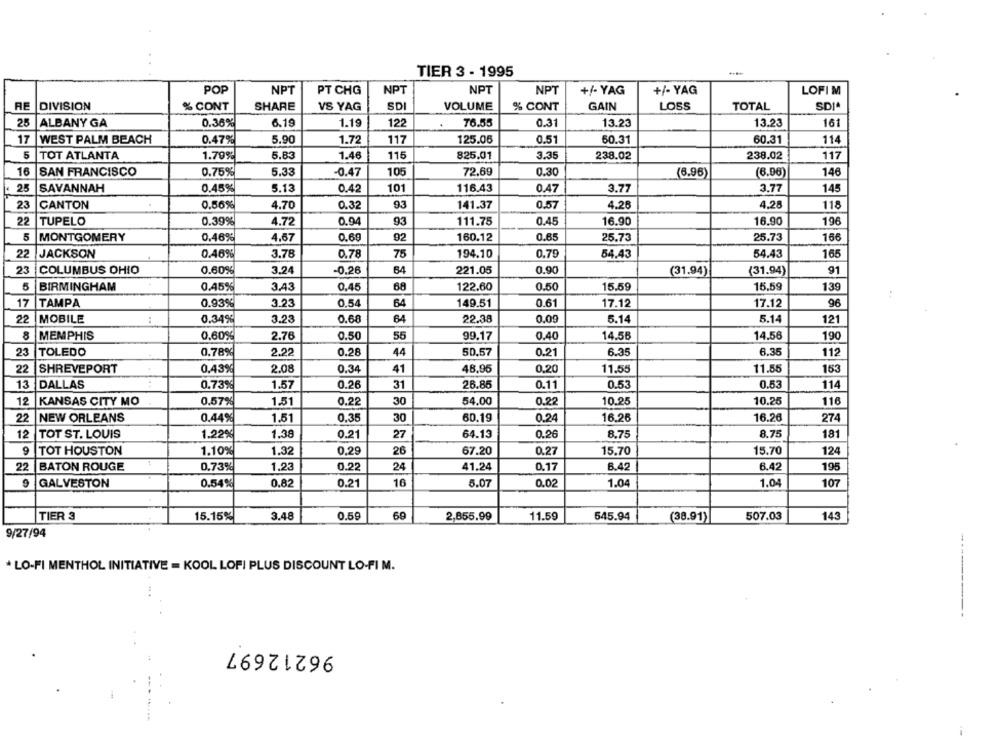
TIER 3 - 1995
POP
NPT
NPT
NPT
NPT
+/- YAG
PT CHG
+/- YAG
LOFIM
RE
DIVISION
% CONT
SHARE
VS YAG
SDI
VOLUME
% CONT
GAIN
LOSS
TOTAL
SDIA
25
ALBANY GA
0.36%
6.19
1.19
122
76.55
0.31
13.23
13.23
161
17
WEST PALM BEACH
0.47%
5.90
1.72
117
125.05
0.51
60.31
60.31
114
5
TOT ATLANTA
5.83
1.46
115
825,01
3.35
238.02
238.02
117
1.79%
0.30
146
16
SAN FRANCISCO
0.75%
5.33
-0.47
105
72.69
(6.96)
(6.06)
25
SAVANNAH
0.45%
5.13
0.42
101
116.43
0.47
3.77
3.77
145
23
CANTON
0.56%
4.70
0.32
93
141.37
0.57
4.26
4.28
118
22
TUPELO
0.39%
4.72
0.94
93
111.75
0.45
16.90
16.90
196
5
MONTGOMERY
0.46%
4,67
0.69
92
160.12
0.65
25.73
25.73
166
0.46%
3.78
75
0.79
165
22
JACKSON
0.78
194.10
54,43
54.43
23
COLUMBUS OHIO
0.60%
3.24
-0.26
64
221.05
0.90
(31.94)
(31.94
91
5
BIRMINGHAM
0.45%
3.43
0,45
68
122.60
0.50
15.59
15.59
139
17
TAMPA
0.93%
3.23
0.54
149.51
0.61
17.12
17.12
96
22
MOBILE
..
0.34%
3.23
0.68
64
22.38
0.09
5.14
5.14
121
8
MEMPHIS
0.60
2.76
0.50
55
99.17
0.40
14.58
14.56
190
23
TOLEDO
0.78%
2.22
0.28
44
50.57
0.21
6.35
6.35
112
22
SHREVEPORT
0,43%
2.08
0.34
41
48.96
0.20
11.55
11.55
153
13
DALLAS
0.73%
1.57
0.26
31
26.86
0.11
0.53
0.53
114
0.57%
1.51
30
54.00
0.22
10.25
10.25
116
12
KANSAS CITY MO
0.22
22
NEW ORLEANS
0.44%
1.51
0.35
30
60.19
0.24
16,26
16.26
274
12
TOT ST. LOUIS
1.22%
1.38
0.21
27
64.13
0.26
8.75
8.75
181
9
TOT HOUSTON
1.10%
1.32
0.29
26
67.20
0.27
15.70
15.70
124
22
BATON ROUGE
0.73%
1.23
0.22
24
41.24
0.17
6.42
6.42
195
9
GALVESTON
0.82
0.21
16
5.07
0.02
1.04
1.04
107
0.54%
TIER 3
15.15%
3.48
0.59
69
2,855.99
11.59
545.94
(38.91)
507.03
143
9/27/94
* LO-FI MENTHOL INITIATIVE = KOOL LOFI PLUS DISCOUNT LO-FI M.
-----
96212697